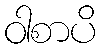
ဝါစာပိ